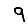
Digit: 9